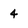
Character: 4